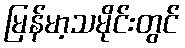
မြန်မာ့သမိုင်းတွင်